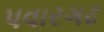
પવારગઢ